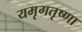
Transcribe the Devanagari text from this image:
यमृगतृष्णा